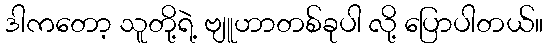
ဒါကတော့ သူတို့ရဲ့ ဗျူဟာတစ်ခုပါ လို့ ပြောပါတယ်။